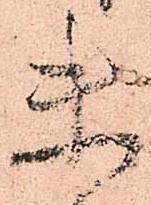
未